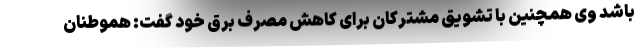
باشد وی همچنین با تشویق مشترکان برای کاهش مصرف برق خود گفت: هموطنان